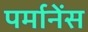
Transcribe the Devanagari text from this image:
पर्मानेंस